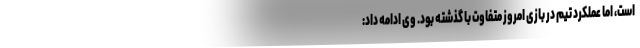
است، اما عملکرد تیم در بازی امروز متفاوت با گذشته بود. وی ادامه داد: